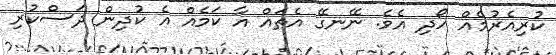
ކުރިއެރުމެއް ހޯދި އެވެ. ނޭނގޭ އެތައް އާ ކަމެއް އެ ކުދިން ދަސްކުރި